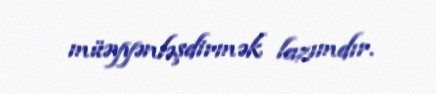
müəyyənləşdirmək lazımdır.